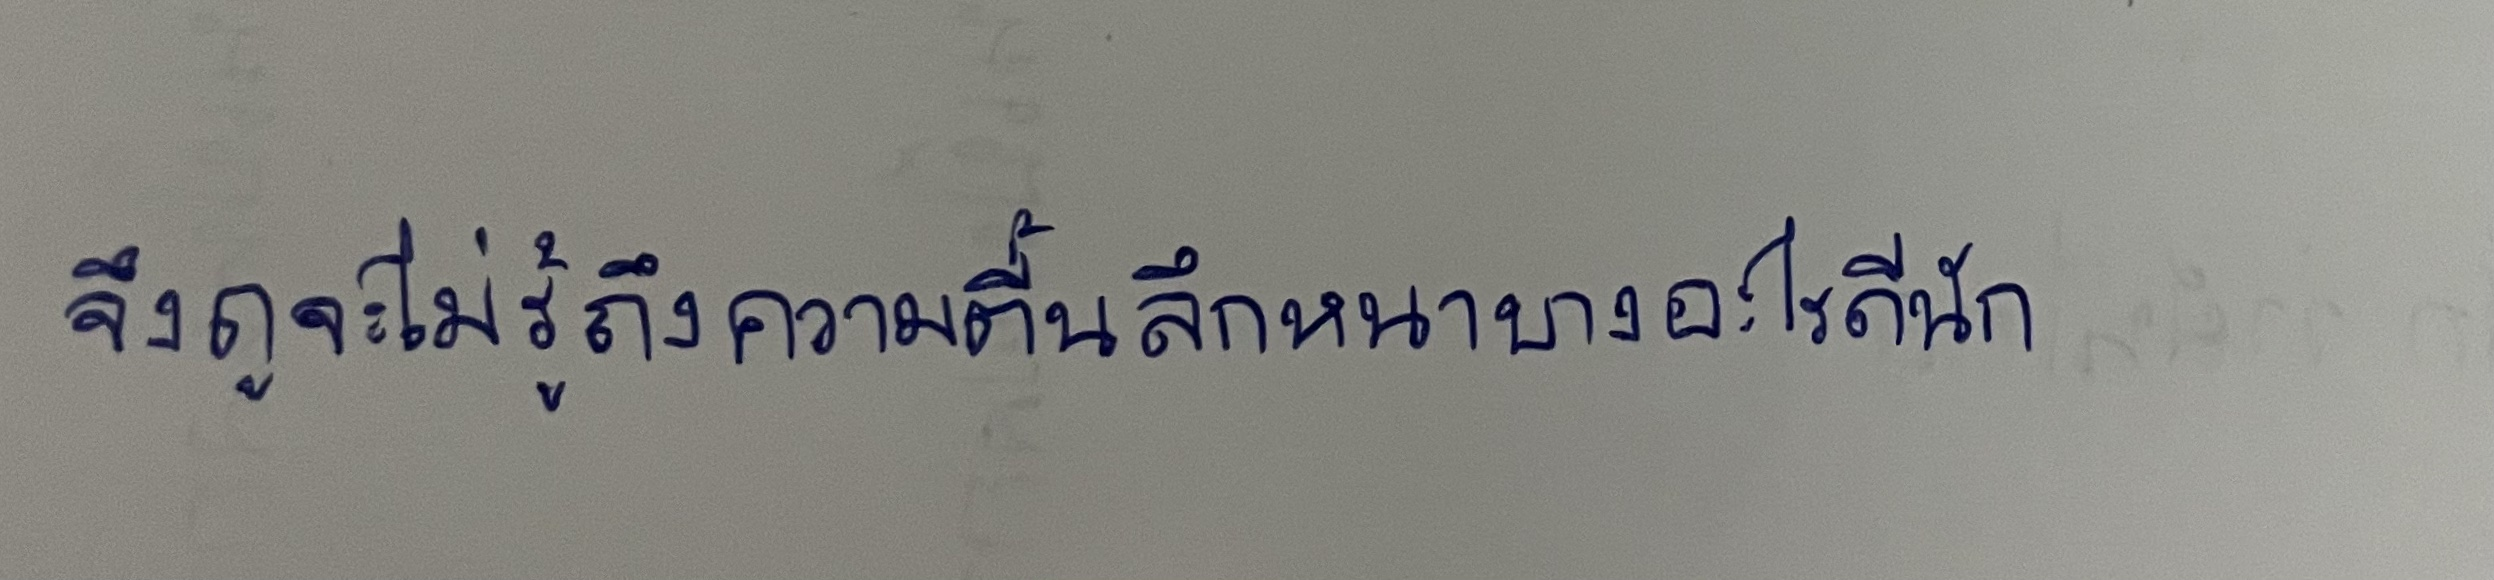
จึงดูจะไม่รู้ถึงความตื้นลึกหนาบางอะไรดีนัก